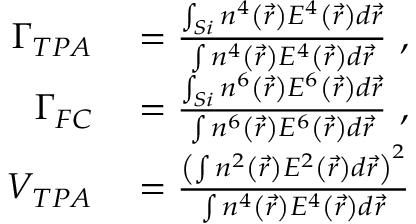
\begin{array} { r l } { \Gamma _ { T P A } } & { { } = \frac { \int _ { S i } n ^ { 4 } \left( \vec { r } \right) E ^ { 4 } \left( \vec { r } \right) d \vec { r } } { \int n ^ { 4 } \left( \vec { r } \right) E ^ { 4 } \left( \vec { r } \right) d \vec { r } } \mathrm { ~ , ~ } } \\ { \Gamma _ { F C } } & { { } = \frac { \int _ { S i } n ^ { 6 } \left( \vec { r } \right) E ^ { 6 } \left( \vec { r } \right) d \vec { r } } { \int n ^ { 6 } \left( \vec { r } \right) E ^ { 6 } \left( \vec { r } \right) d \vec { r } } \mathrm { ~ , ~ } } \\ { V _ { T P A } } & { { } = \frac { \left( \int n ^ { 2 } \left( \vec { r } \right) E ^ { 2 } \left( \vec { r } \right) d \vec { r } \right) ^ { 2 } } { \int n ^ { 4 } \left( \vec { r } \right) E ^ { 4 } \left( \vec { r } \right) d \vec { r } } } \end{array}